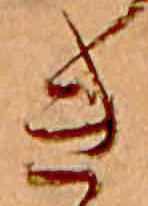
き